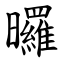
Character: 曪